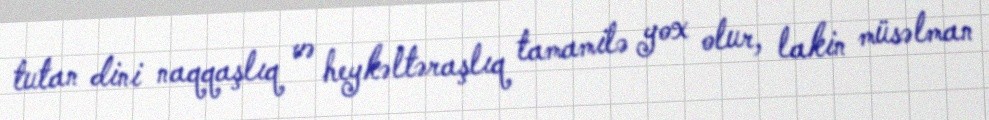
tutan dini naqqaşlıq və heykəltəraşlıq tamamilə yox olur, lakin müsəlman